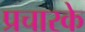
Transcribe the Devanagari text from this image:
प्रचारके